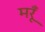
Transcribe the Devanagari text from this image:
मरूँ